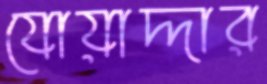
যোয়াদ্দার